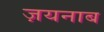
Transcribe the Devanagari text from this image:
ज़यनाब